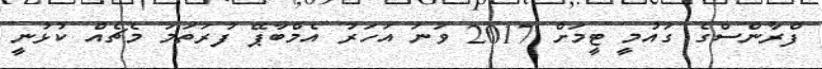
ފްރާންސްގެ ގައުމީ ޓީމަށް 2017 ވަނަ އަހަރު އެމްބާޕޭ ފުރަތަމަ މެޗެއް ކުޅުނީ